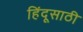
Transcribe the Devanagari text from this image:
हिंदूसाठी